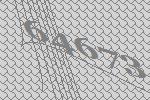
64673